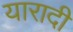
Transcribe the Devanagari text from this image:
यारादी